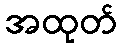
အထုတ်